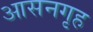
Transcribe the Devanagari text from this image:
आसनगृह